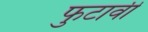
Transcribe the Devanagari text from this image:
फुटावी